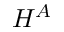
H ^ { A }